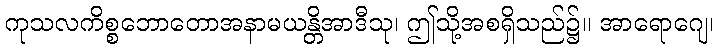
ကုသလကိစ္စဘောတောအနာမယန္တိအာဒီသု၊ ဤသို့အစရှိသည်၌။ အာရောဂျေ၊